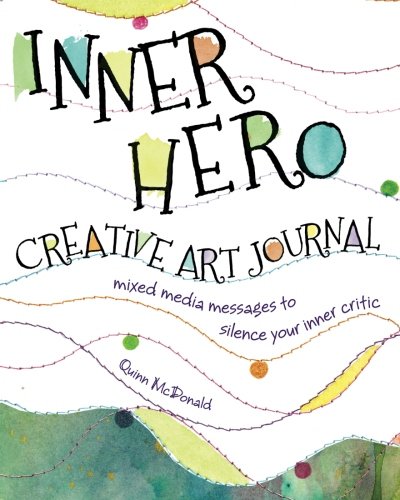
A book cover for Inner Hero Creative Art Journal: Mixed Media Messages to Silence Your Inner Critic; Quinn McDonald; Crafts, Hobbies & Home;